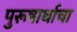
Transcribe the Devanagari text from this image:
पुरूषार्थाचा